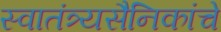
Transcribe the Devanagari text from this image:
स्वातंत्र्यसैनिकांचे